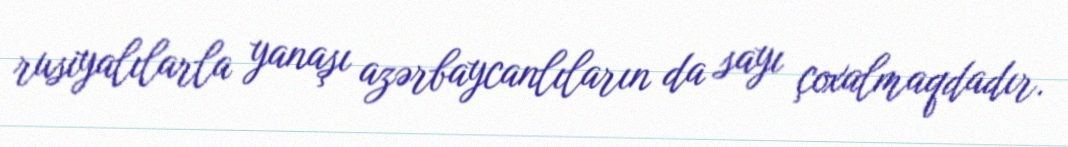
rusiyalılarla yanaşı azərbaycanlıların da sayı çoxalmaqdadır.